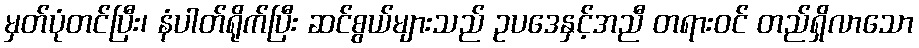
မှတ်ပုံတင်ပြီး၊ နံပါတ်ရိုက်ပြီး ဆင်စွယ်များသည် ဥပဒေနှင့်အညီ တရားဝင် တည်ရှိလာသော